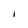
Character: l